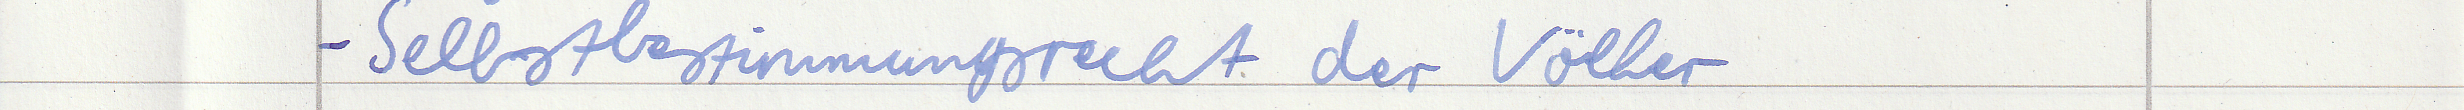
- Selbstbestimmungsrecht der Völker